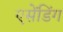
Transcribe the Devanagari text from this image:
एसेंडिंग